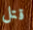
قتل